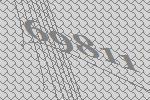
69811